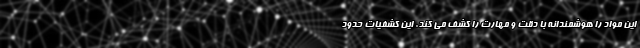
این مواد را هوشمندانه با دقت و مهارت را کشف می کند. این کشفیات حدود